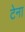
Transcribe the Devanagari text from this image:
टेना